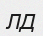
ЛД